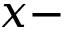
x -